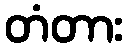
တံတား